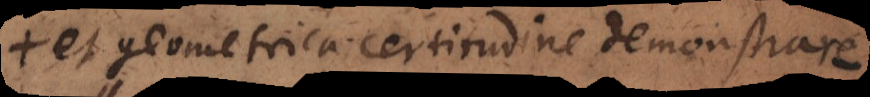
et geometrica certitudine demonstrare